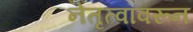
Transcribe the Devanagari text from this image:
नेतृत्वावरून